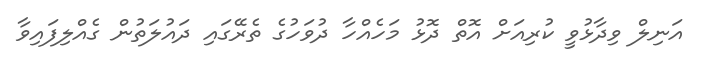
އަނިލް ވިދާޅުވީ ކުރިއަށް އޮތް ދޮޅު މަހެއްހާ ދުވަހުގެ ތެރޭގައި ދައުލަތުން ގެއްލިފައިވާ